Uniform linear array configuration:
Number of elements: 12
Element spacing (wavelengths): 1
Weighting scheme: hamming
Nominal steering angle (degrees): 30
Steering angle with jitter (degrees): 30.831
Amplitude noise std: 0.05
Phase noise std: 0.05

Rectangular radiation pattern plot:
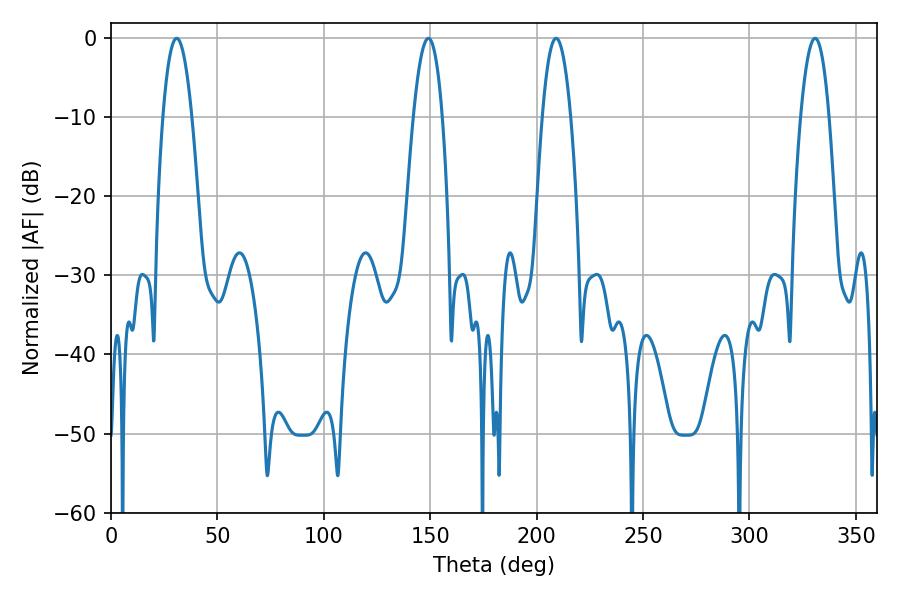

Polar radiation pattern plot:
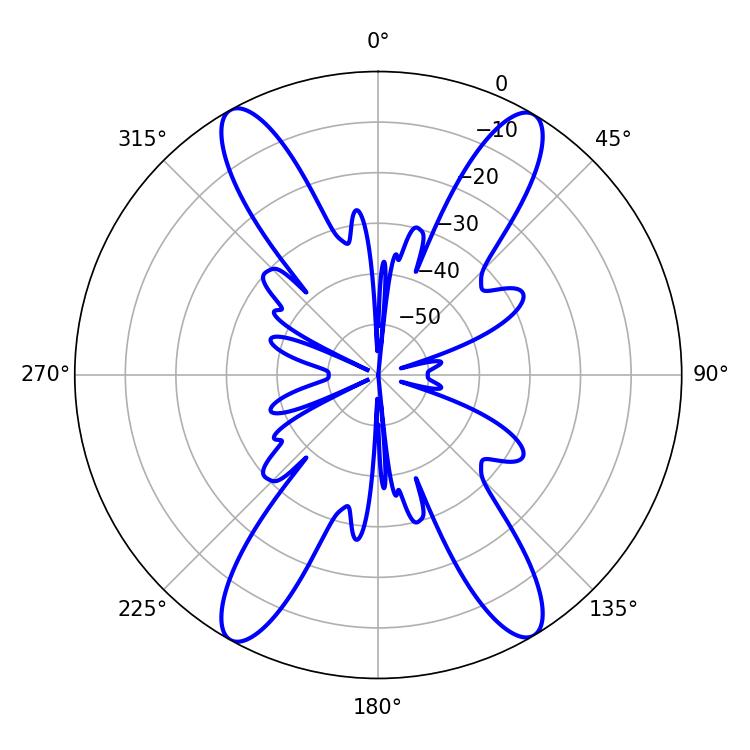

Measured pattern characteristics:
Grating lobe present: TRUE
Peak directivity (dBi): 22.738
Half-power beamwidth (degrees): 7.38
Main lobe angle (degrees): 209.16